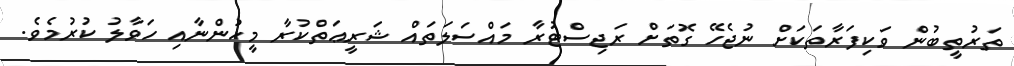
ތަރުތީބުން ވަކިފަރާތަކަށް ނުޖެހޭ ގޮތަށް ރަޖިސްޓުރާ މައްސަލަތައް ޝަރީޢަތްކުރާ މީހުންނާއި ހަވާލު ކުރުމެވެ.